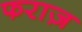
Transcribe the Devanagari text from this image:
फराज़